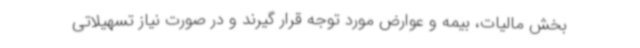
بخش مالیات، بیمه و عوارض مورد توجه قرار گیرند و در صورت نیاز تسهیلاتی